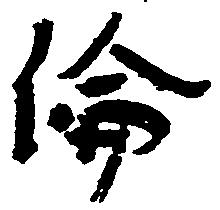
倫